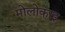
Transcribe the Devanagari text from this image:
मोलोकाइ